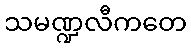
သမဏ္ဍလီကတေ